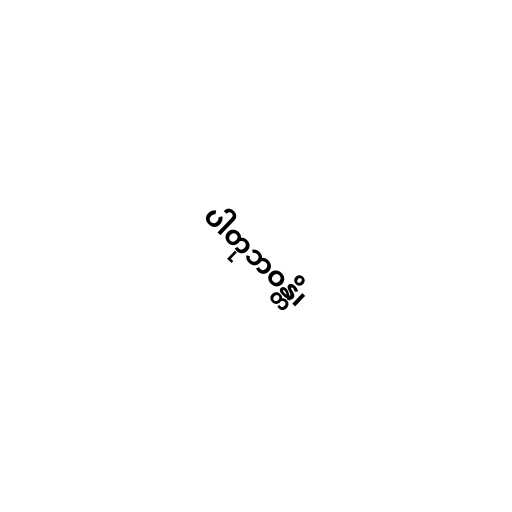
ပါတုဘဝန္တိ၊